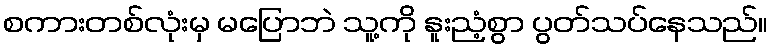
စကားတစ်လုံးမှ မပြောဘဲ သူ့ကို နူးညံ့စွာ ပွတ်သပ်နေသည်။